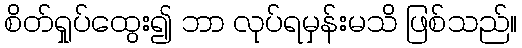
စိတ်ရှုပ်ထွေး၍ ဘာ လုပ်ရမှန်းမသိ ဖြစ်သည်။